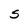
Character: S